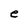
Character: e